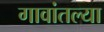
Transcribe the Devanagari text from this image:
गावांतल्या